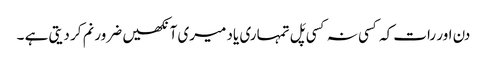
دن اور رات کہ کسی نہ کسی پَل تمہاری یاد میری آنکھیں ضرور نم کر دیتی ہے ۔